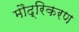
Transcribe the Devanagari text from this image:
मौद्रिकरण